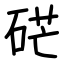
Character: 硭